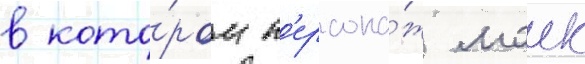
в кото́ром п'ерсона́ж маик